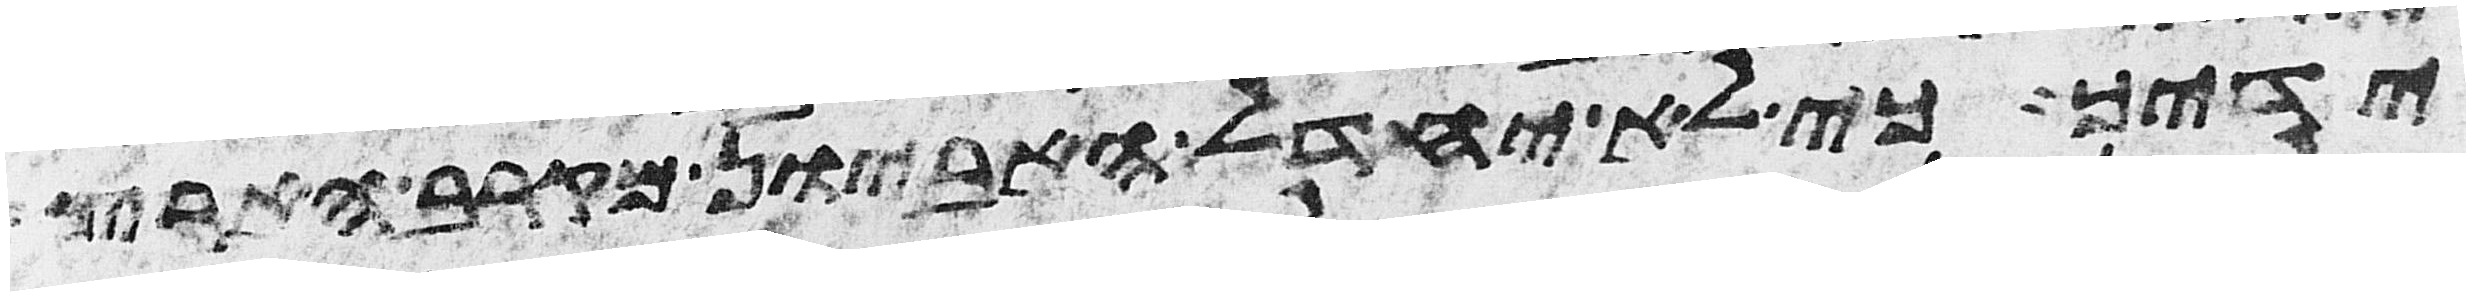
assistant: ידיך כי לא יחדל האביון מקרב הארץ